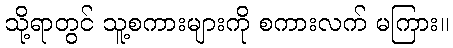
သို့ရာတွင် သူ့စကားများကို စကားလက် မကြား။